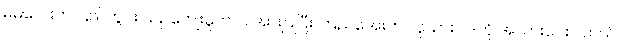
မမလေးက ပြည်တွင်း ယဉ်ကျေးမှုဘက် အားပြုပြီး ကြည်အေးက လူသားဝါဒကို အသားပေးပါတယ်။